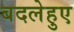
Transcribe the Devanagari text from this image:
बदलेहुए